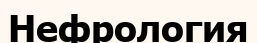
Нефрология